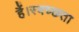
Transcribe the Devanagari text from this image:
हैं।स्वच्छता